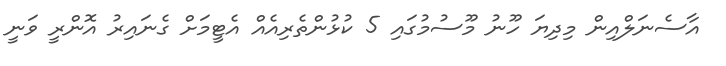
އާސެނަލްއިން މިދިޔަ ހޫނު މޫސުމުގައި 5 ކުޅުންތެރިއެއް އެޓީމަށް ގެނައިރު އޮންރީ ވަނީ